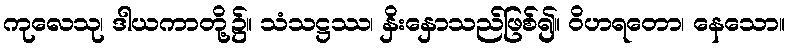
ကုလေသု၊ ဒါယကာတို့၌။ သံသဋ္ဌဿ၊ နှိးနှောသည်ဖြစ်၍။ ဝိဟရတော၊ နေသော။